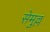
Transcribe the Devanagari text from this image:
सेमुल्ल